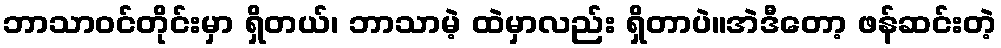
ဘာသာဝင်တိုင်းမှာ ရှိတယ်၊ ဘာသာမဲ့ ထဲမှာလည်း ရှိတာပဲ။အဲဒီတော့ ဖန်ဆင်းတဲ့